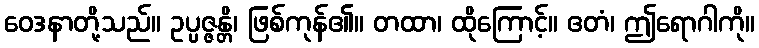
ဝေဒနာတို့သည်။ ဥပ္ပဇ္ဇန္တိ၊ ဖြစ်ကုန်၏။ တထာ၊ ထိုကြောင့်။ ဧတံ၊ ဤရောဂါကို။